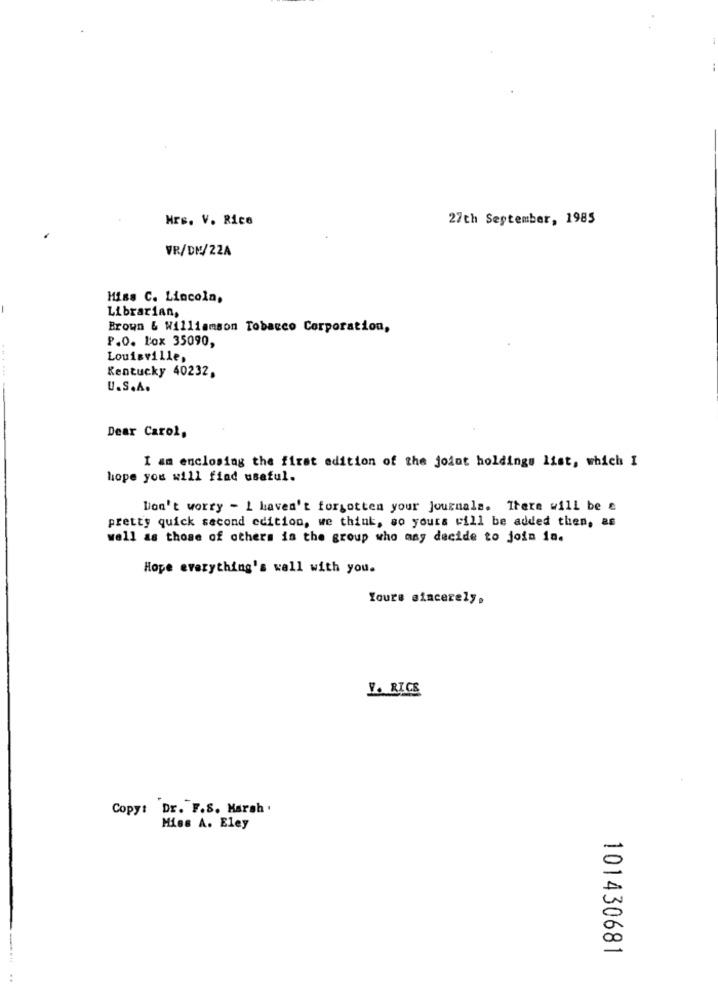
Hrs. V. Rice
27th September, 1985
VR/DM/22A
Miss C. Lincoln,
Librarian,
Brown & Williamson Tobacco Corporation,
P.O. Lox 35090,
Louisville,
Kentucky 40232,
U.S.A.
Dear Carol,
I am enclosing the first edition of the joint holdings list, which I
hope you will find useful.
Don't worry - I haven't forgotten your journals. Itere will be e
pretty quick second edition, we think, so yours will be added then, as
well as those of others in the group who any decide to join in.
Hope everything's well with you.
Yours sincerely,
V. RICE
Copy: Dr. F.S. Marsh .
Miss A. Eley
101430681